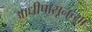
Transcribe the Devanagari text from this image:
आधीपासूनच्या